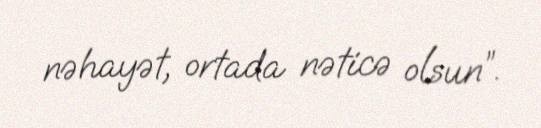
nəhayət, ortada nəticə olsun”.